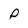
Character: P